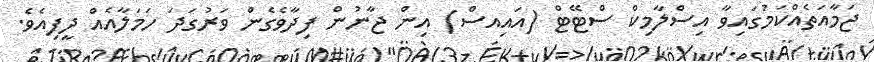
ޖަމާއަތެއްކަމުގައިވާ އިސްލާމިކް ސްޓޭޓް (އައިއސް) އިން ޖާނުން ފިދާވެގެން ވަރުގަދަ ހަމަލާއެއް ދީފިއެވެ.